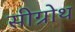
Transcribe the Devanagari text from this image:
सीग्रोथ